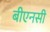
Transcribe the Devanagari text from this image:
बीएनसी